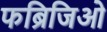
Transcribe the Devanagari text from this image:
फब्रिजिओ